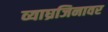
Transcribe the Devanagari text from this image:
व्याघ्रजिनावर